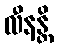
လီနန္တိ